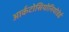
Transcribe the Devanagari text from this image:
आर्कटोसियोनियोडेई